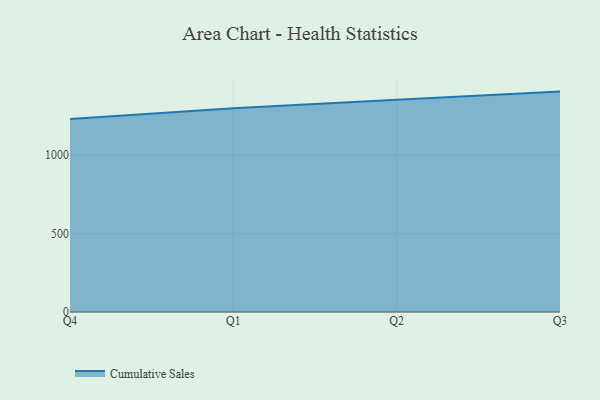
{"axis": {"x": "Quarter", "y": "Operating Costs (USD K)"}, "legend": ["Cumulative Sales"], "data": [{"x": "Q4", "y": 1229.1, "type": "Cumulative Sales"}, {"x": "Q1", "y": 1298.7, "type": "Cumulative Sales"}, {"x": "Q2", "y": 1353.2, "type": "Cumulative Sales"}, {"x": "Q3", "y": 1404.5, "type": "Cumulative Sales"}]}